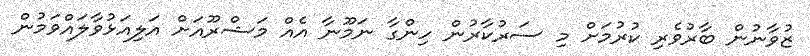
ޒުވާނުން ބާރުވެރި ކުރުމަށް މި ސަރުކާރުން ހިންގާ ނަމޫނާ އެއް މަޝްރޫއަށް އަލިއަޅުވާލައްވަމުން